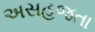
અસહજતા